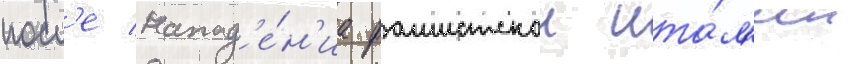
посл'е напад'е́н'иа фашистскои ита́л'ии